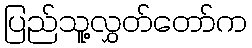
ပြည်သူ့လွှတ်တော်က